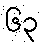
၆၃